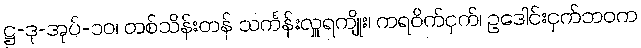
ဋ္ဌ-ဒု-အုပ်-၁၀၊ တစ်သိန်းတန် သင်္ကန်းလှူရကျိုး၊ ကရဝိက်ငှက်၊ ဥဒေါင်းငှက်ဘဝက